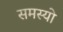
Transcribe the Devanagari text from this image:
समस्यो